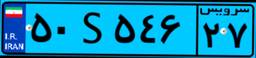
۵۰S۵۴۶۲۷